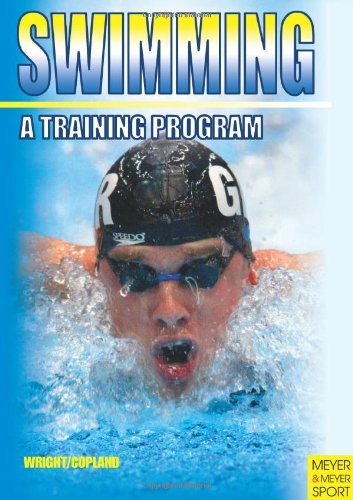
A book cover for Swimming: Training Program; David Wright; Health, Fitness & Dieting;